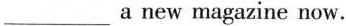
___a new magazine now.